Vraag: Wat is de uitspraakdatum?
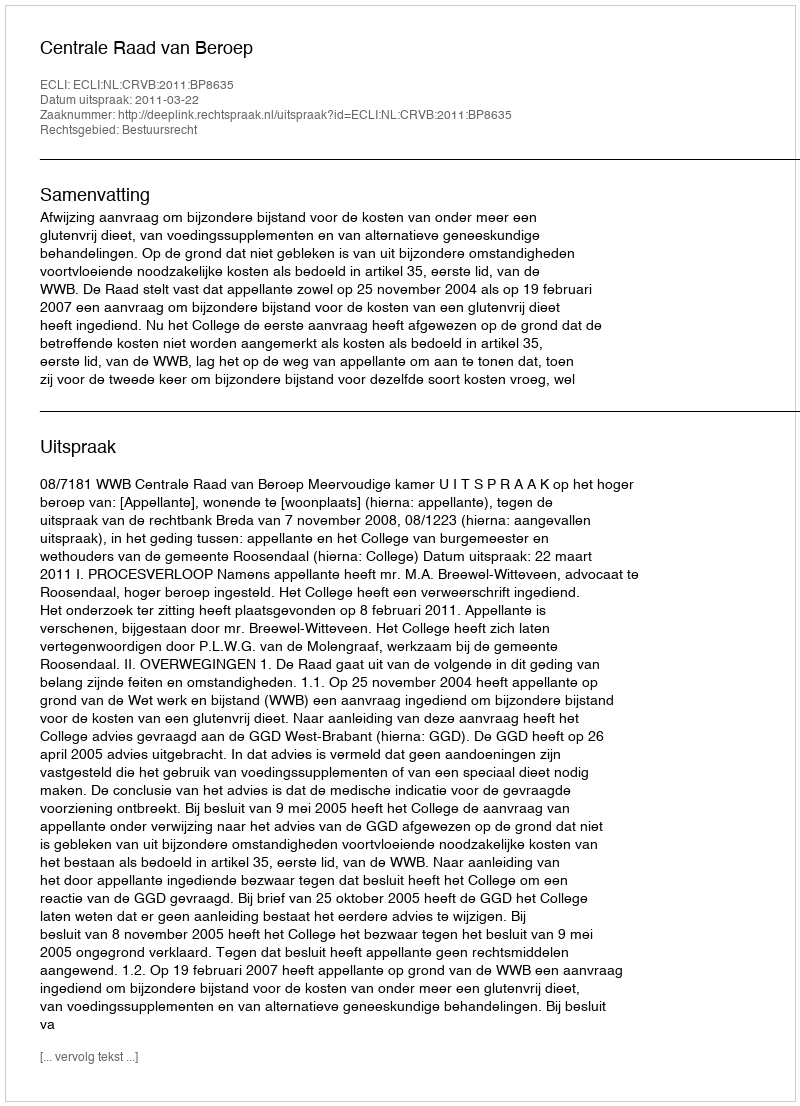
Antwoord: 2011-03-22